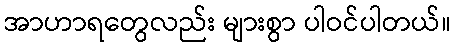
အာဟာရတွေလည်း များစွာ ပါဝင်ပါတယ်။